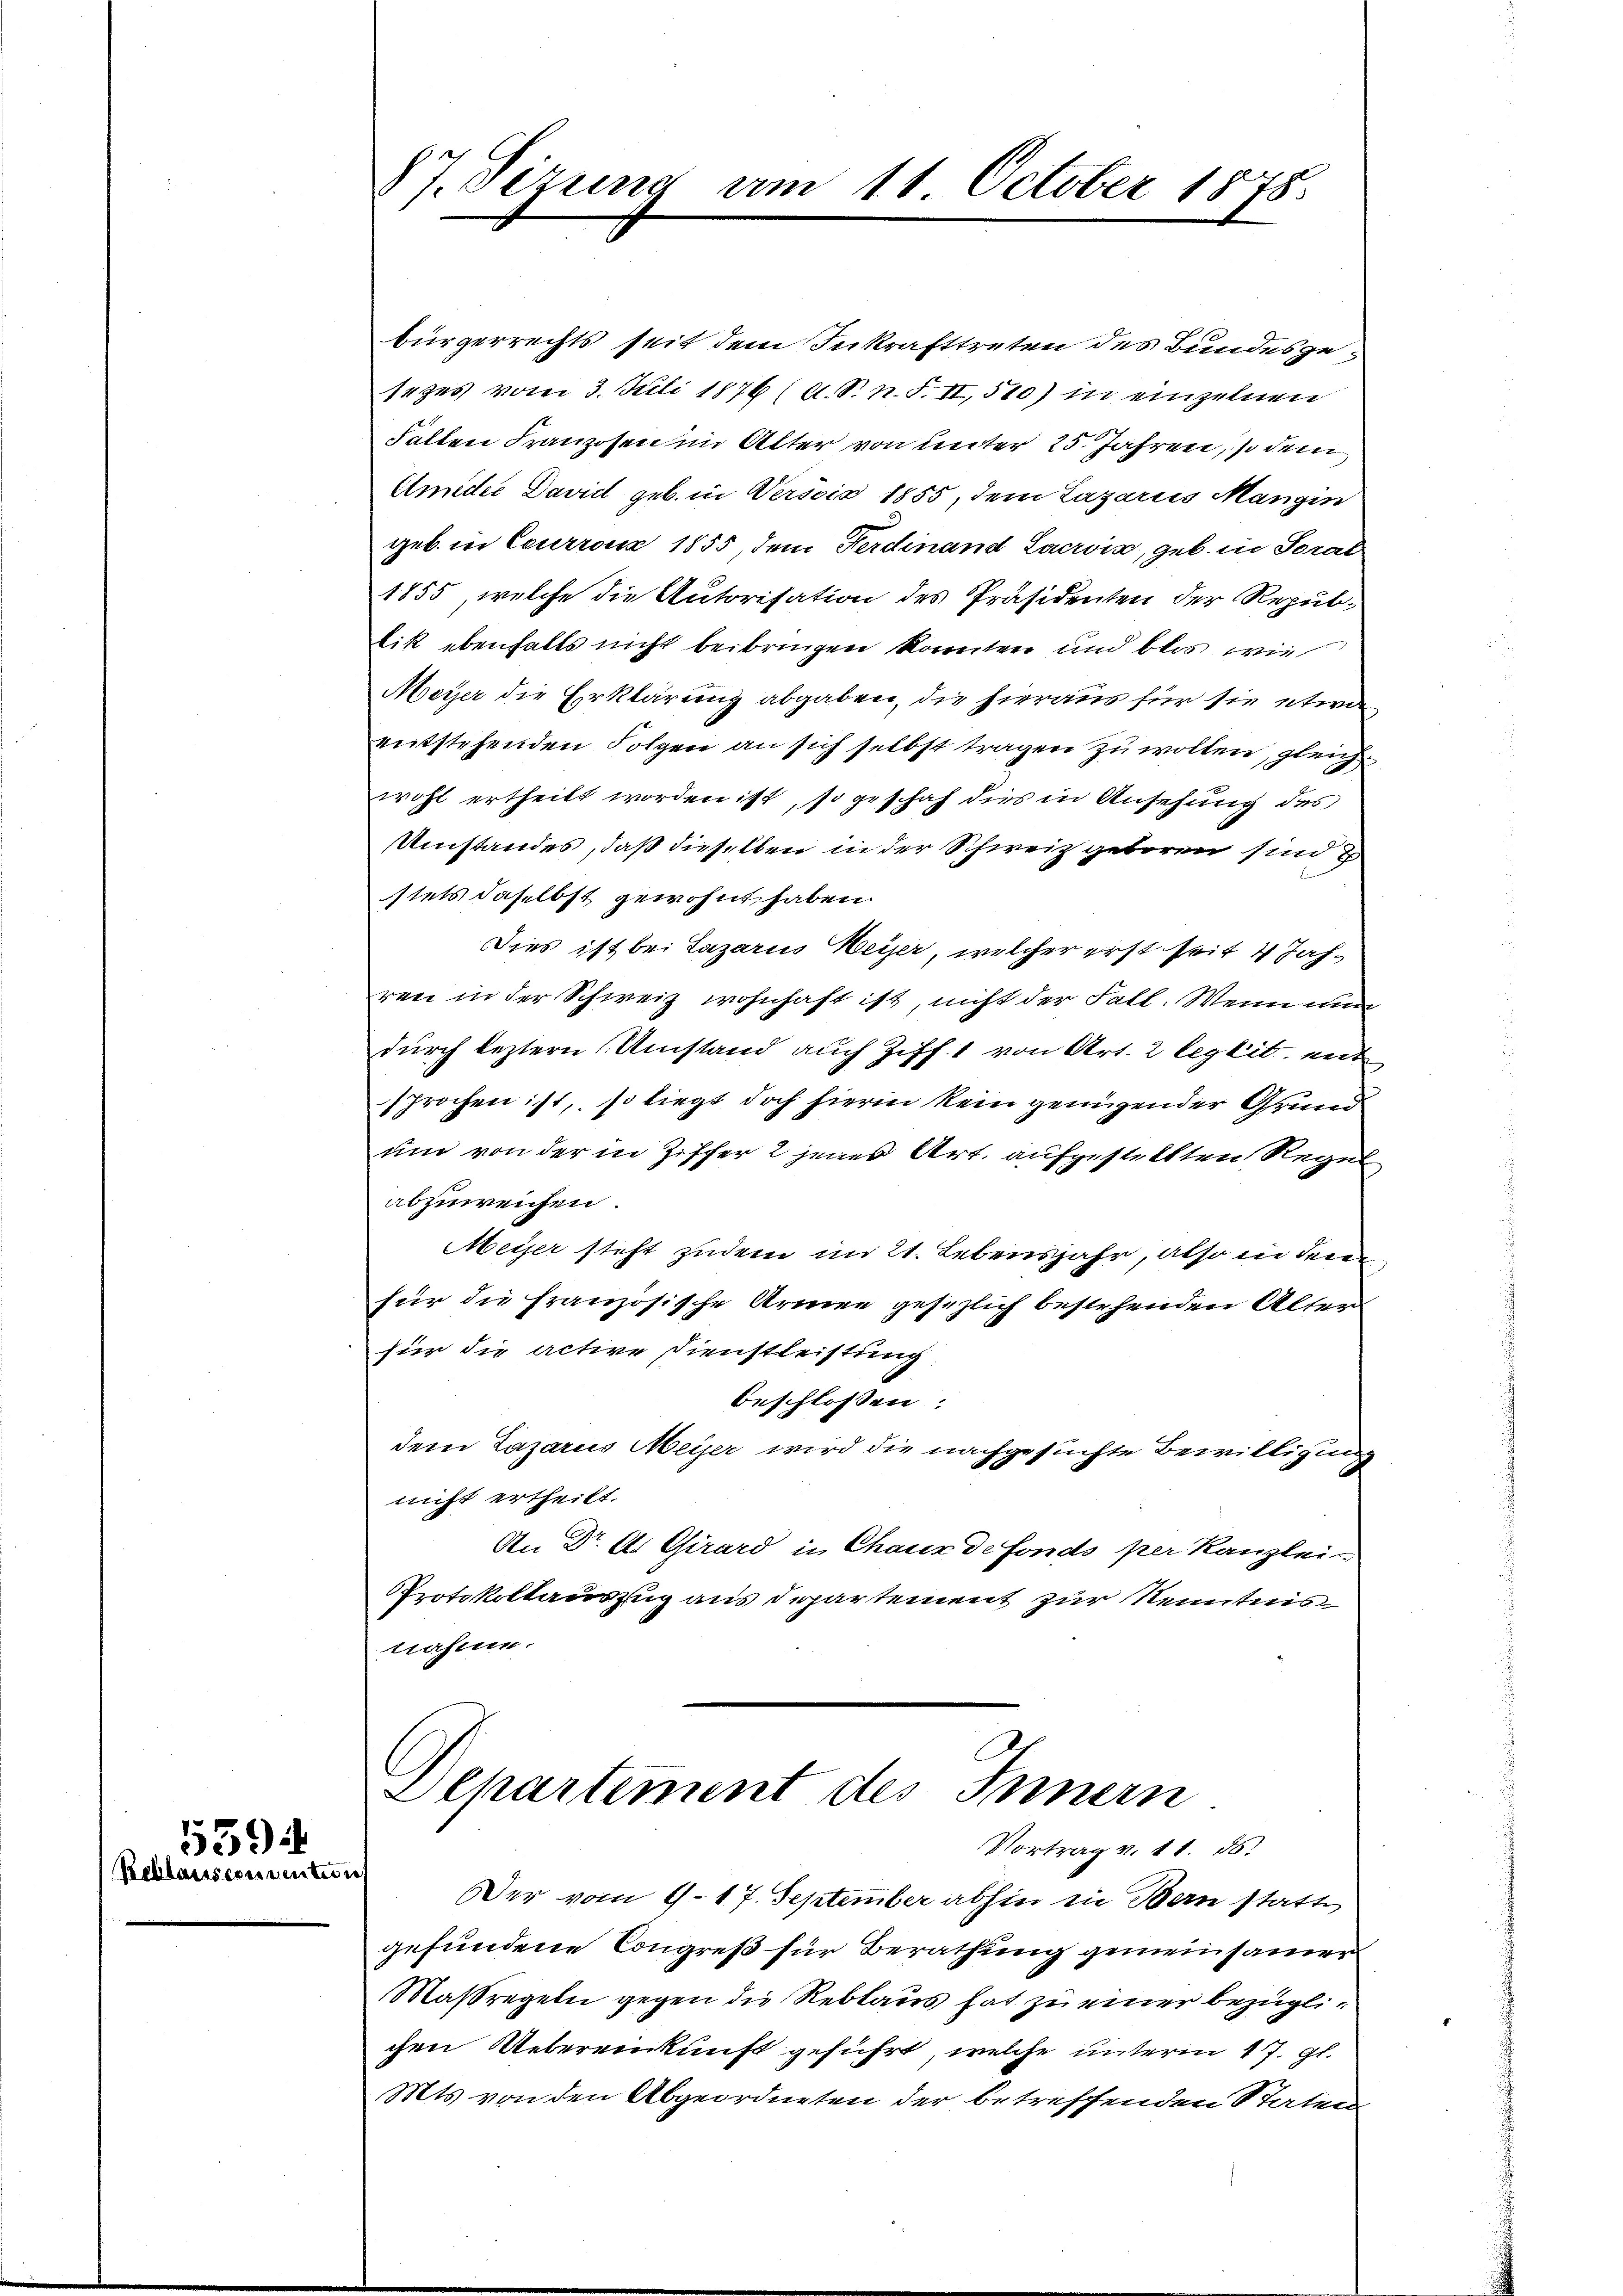
559
Reblausconsention

bürgerrechts seit dem Inkrafttreten des Bundesgesezes vom 3. Juli 1876 (A. R. n. F. II, 510) in einzelnen
Fallen Franzosen im Alter von unter 25. Jahren, s dem
Umider David geb. in Versis 1855, dem Lazariis Mangin
geb. in Eeurronz 1855, dem Ferdinand Lacrois, geb. in Soral
1855, welche die Autorisation des Präsidenten der Repubtik ebenfalls nicht beibringen könnten und blos wie
Meyer die Erklärung abgaben, die hieraus für sie etwa
entstehenden Folgen an sich selbst tragen zu wollen, gleich
wohl ertheilt worden ist, so geschah dies in Ansehung des
Umstandes, daß dieselben in der Schweiz geboren sind
stets daselbst gewohnt haben.
Dies ist bei Lazarus Weiser, welcher erst seit 4 Jahren in der Schweiz wohnhaft ist, nicht der Fall. Wenn nun
durch leztern Umstand auch Ziff. 1 von Art. 2 legit. ent
sprochen ist, so liegt doch hierin kein genügender Grund
um von der in Ziffer 2 jenes Art. aufgestellten Regel
abzuweichen.
Meyer steht zudem im 21. Lebensjahr, also in der
für die französische Armen gesezlich bestehenden Alter
für die active Dienstleistung
beschlossen:
dem Lazarus Meiser wird die nachgesuchte Bewilligung
nicht ertheilt.
An Dr. A. Girard in Chaux de fonds per Kanzlei-
Protokollauszug aus Departement zur Kenntnis
nahmen.

87. Sezung am 11. October 1875.

Departement des Innern
Vortrag v. 11. ds.

Der vom 9. 17. September abhin in Bern statte
gefundene Congreß für Berathung gemeinsamer
Massregeln gegen die Reblaus hat zu einer bezüglichen Uebereinkunft geführt, welche unterm 27. gl.
Mts. von den Abgeordneten der betreffenden Staten